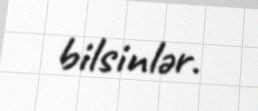
bilsinlər.